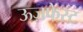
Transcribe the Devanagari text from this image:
ऊज़फेस्ट